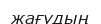
жағудың